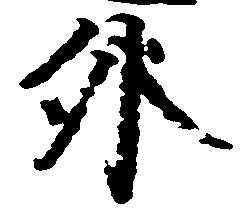
外